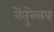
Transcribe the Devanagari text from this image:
वेंतुरेलब